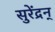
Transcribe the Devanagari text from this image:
सुरेंद्रन्